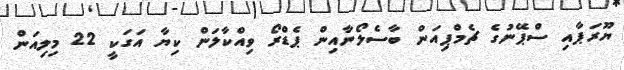
ޔޫރަޕާއި ސްޕޭނުގެ ޗެމްޕިއަން ބާސެލޯނާއިން ޕެޑްރޯ ވިއްކާލަން ކިޔާ އަގަކީ 22 މިލިއަން